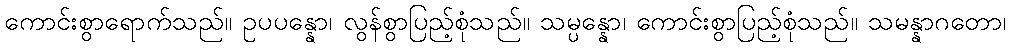
ကောင်းစွာရောက်သည်။ ဥပပန္နော၊ လွန်စွာပြည့်စုံသည်။ သမ္ပန္နော၊ ကောင်းစွာပြည့်စုံသည်။ သမန္နာဂတော၊